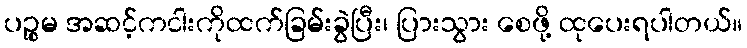
ပဉ္စမ အဆင့်ကငါးကိုထက်ခြမ်းခွဲပြီး၊ ပြားသွား စေဖို့ ထုပေးရပါတယ်။